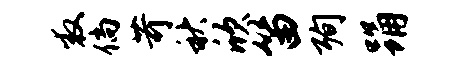
救倘苛秋欣笛殉踊